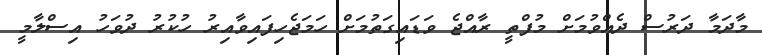
މާދަމާ ދަރުސް ދެއްވުމަށް މުފްތީ ރާއްޖެ ވަޑައިގަތުމަށް ހަމަޖެހިފައިވާއިރު ހުކުރު ދުވަހު އިސްލާމީ